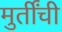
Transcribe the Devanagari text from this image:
मुर्तींची